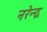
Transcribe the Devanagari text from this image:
नरेेन्द्र